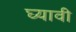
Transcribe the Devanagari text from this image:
घ्‍यावी